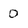
Character: 0